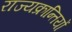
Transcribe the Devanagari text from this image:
राज्यक्रान्तियों